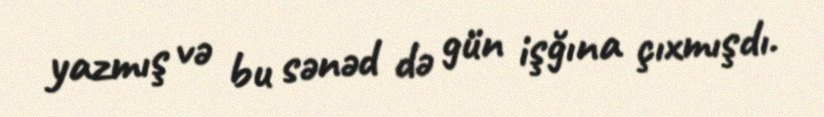
yazmış və bu sənəd də gün işğına çıxmışdı.